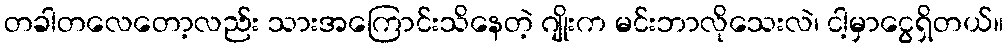
တခါတလေတော့လည်း သားအကြောင်းသိနေတဲ့ ဂျိုးက မင်းဘာလိုသေးလဲ၊ ငါ့မှာငွေရှိတယ်။